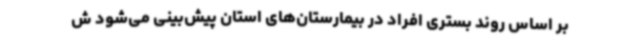
بر اساس روند بستری افراد در بیمارستان‌های استان پیش‌بینی می‌شود ش